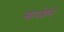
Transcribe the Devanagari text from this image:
माओले